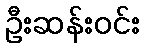
ဦးဆန်းဝင်း